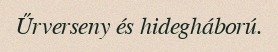
Űrverseny és hidegháború.